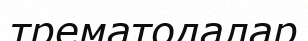
трематодалар